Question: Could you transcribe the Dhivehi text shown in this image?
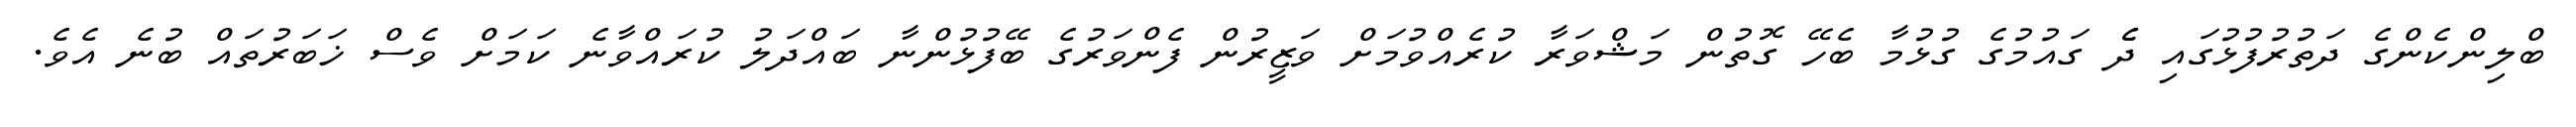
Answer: ބްލިންކެންގެ ދަތުރުފުޅުގައި ދެެ ގައުމުގެ ގުޅުމާ ބެހޭ ގޮތުން މަޝްވަރާ ކުރެއްވުމަށް ވަޒީރުން ފެންވަރުގެ ބޭފުޅުންނާ ބައްދަލު ކުރައްވާނެ ކަމަށް ވެސް ޚަބަރުތައް ބުނެ އެވެ.